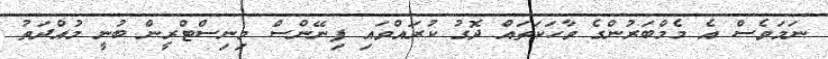
ނަމަވެސް އެ މެމްބަރުންގެ ވާހަކަތައް ދޮގު ކުރައްވައި ފިނޭންސް މިނިސްޓްރީން ބުނީ މުއްދަތު